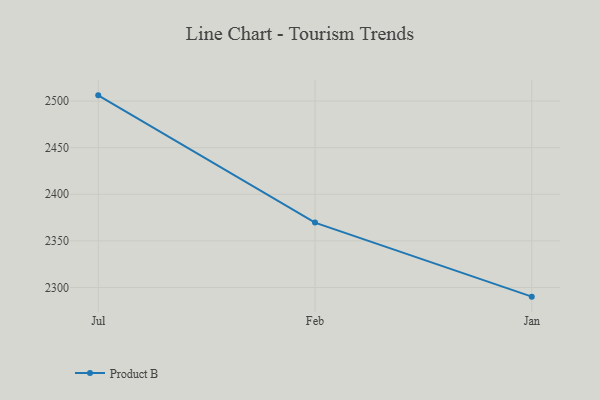
{"axis": {"x": "Month", "y": "Inventory Turnover"}, "legend": ["Product B"], "data": [{"x": "Jul", "y": 2506.1, "type": "Product B"}, {"x": "Feb", "y": 2369.6, "type": "Product B"}, {"x": "Jan", "y": 2290.2, "type": "Product B"}]}